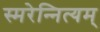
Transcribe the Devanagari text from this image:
स्मरेन्‍नित्यम्‌